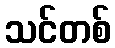
သင်တစ်